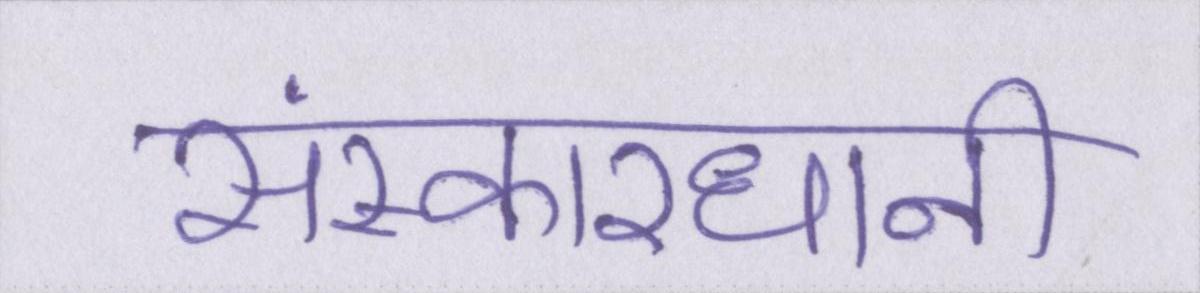
संस्कारधानी